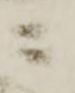
ニ